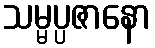
သမ္မပ္ပဇာနော